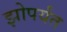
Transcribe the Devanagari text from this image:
झोपर्यंत